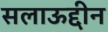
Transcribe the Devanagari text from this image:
सलाऊद्दीन